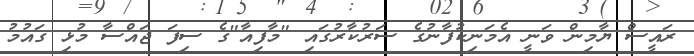
ރައީސް ޔާމިން ވަނީ އެމަނިކުފާނުގެ ސަރުކާރުގައި "މާފިއާ"ގެ ސިފަ ޖައްސާ މުޅި ގައުމު